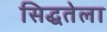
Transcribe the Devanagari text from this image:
सिद्धतेला